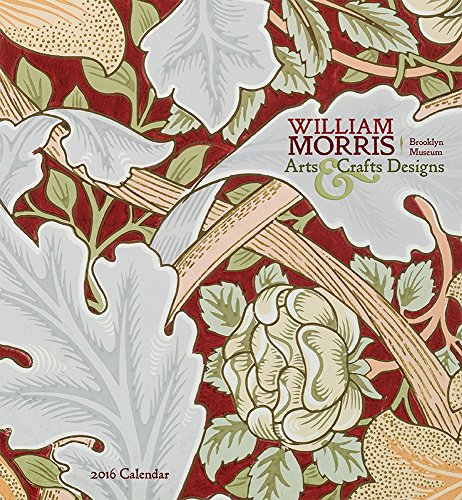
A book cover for William Morris Arts Crafts Designs 2016 Calendar; William Morris; Calendars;